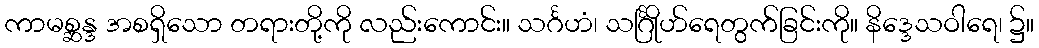
ကာမစ္ဆန္ဒ အစရှိသော တရားတို့ကို လည်းကောင်း။ သင်္ဂဟံ၊ သင်္ဂြိုဟ်ရေတွက်ခြင်းကို။ နိဒ္ဒေသဝါရေ၊ ၌။